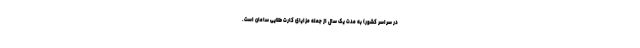
در سراسر کشور) به مدت یک سال از جمله مزایای کارت طلایی سامان است.